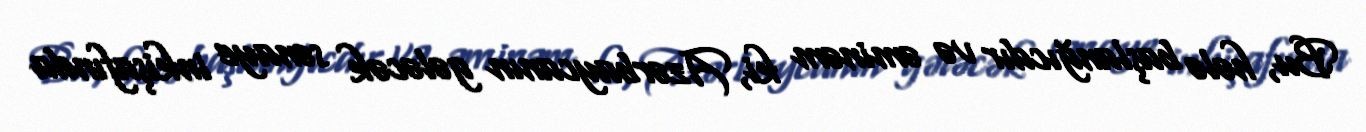
Bu, hələ başlanğıcdır və əminəm ki, Azərbaycanın gələcək sənaye inkişafında